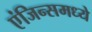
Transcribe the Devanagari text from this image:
एंजिन्समध्ये